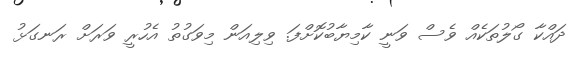
ދައްކާ ގޯލުތަކެއް ވެސް ވަނީ ކާމިޔާބުކޮށްފަ. ވިލިއަން މިވަގުތު އެހުރީ ވަރަށް ރަނގަޅު